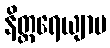
နိတ္ထရေယျာမ